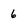
Character: 6